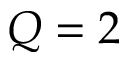
Q = 2